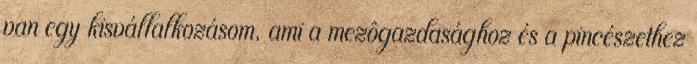
van egy kisvállalkozásom, ami a mezôgazdasághoz és a pincészethez